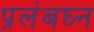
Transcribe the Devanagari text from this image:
प्रलंबघ्न